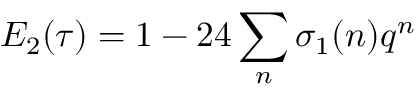
E _ { 2 } ( \tau ) = 1 - 2 4 \sum _ { n } \sigma _ { 1 } ( n ) q ^ { n }